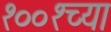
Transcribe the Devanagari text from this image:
१००१च्या